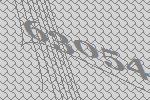
63054